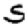
Digit: 5